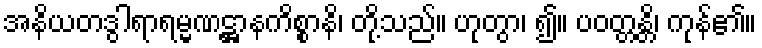
အနိယတဒွါရာရမ္မဏဋ္ဌာနကိစ္စာနိ၊ တို့သည်။ ဟုတွာ၊ ၍။ ပဝတ္တန္တိ၊ ကုန်၏။